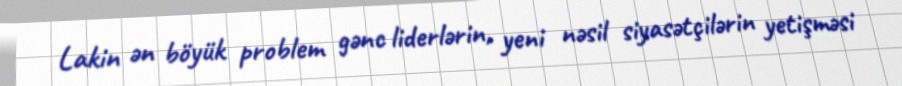
Lakin ən böyük problem gənc liderlərin, yeni nəsil siyasətçilərin yetişməsi